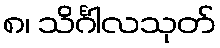
၈၊ သိင်္ဂါလသုတ်